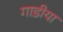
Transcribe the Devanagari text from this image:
गाडीया